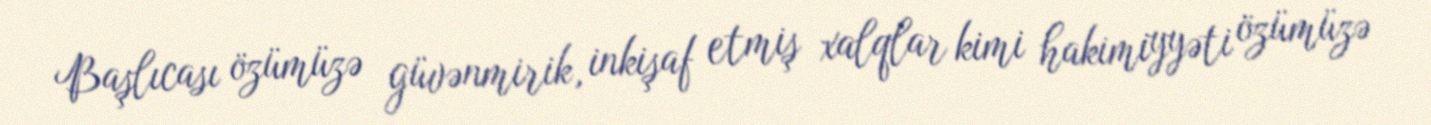
Başlıcası özümüzə güvənmirik, inkişaf etmiş xalqlar kimi hakimiyyəti özümüzə